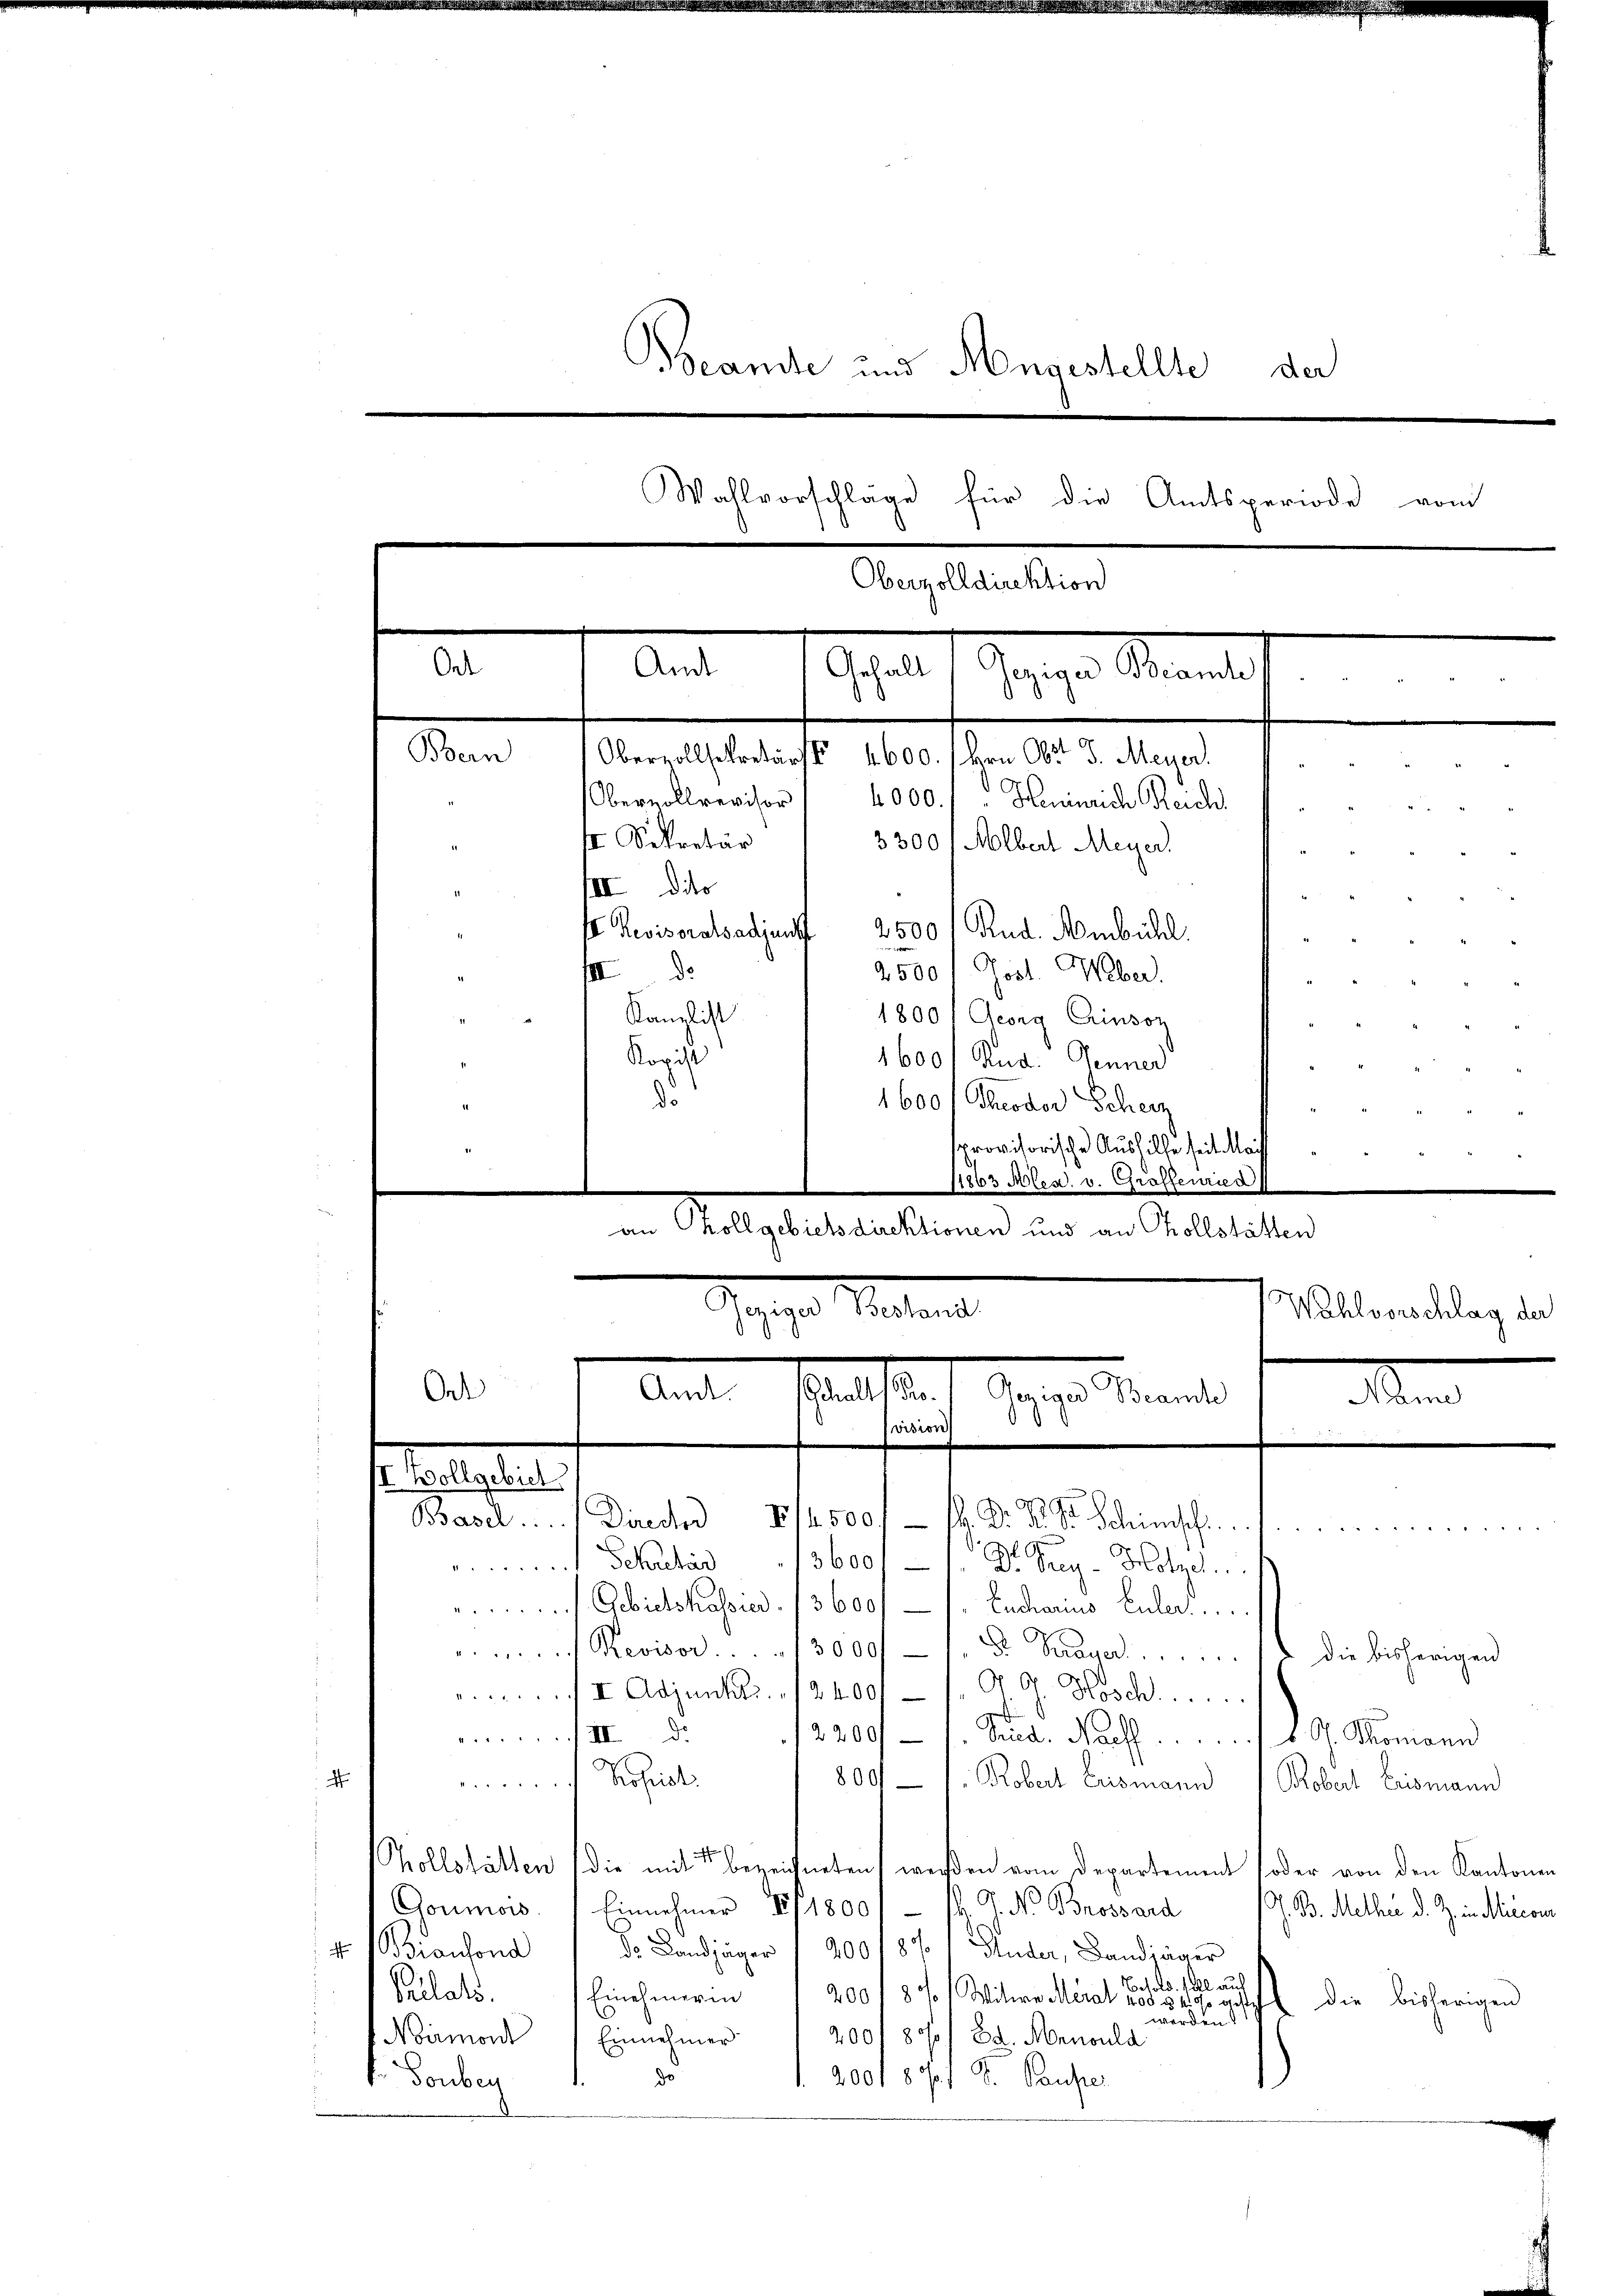
Beamte und Angestellte der
Wahlvorschläge für die Amtsperiode vom
.
.
.
Gehalt
de. Man
Stan
Oberzollsekretärs 4600. / von Obst d. Meyer,
.
Obernollrevisor" 4000.) " Heinrich Reich
 Sekretär
3300 / Mlbert Meyer.
IIII dito
st Revisoratsadjunkt 2500 Rud. Ambühl.
2500 f Post. Weber.
III de
Kanzlist
1800 / Georg Grinsoz

Kopist
1600. Rud. Jenner
do
1600 f Theodor Scheiz
provisorische Aushilfe seit Mai
11863 Miles. v. Groffenried
an Kollgebietsdirektionen und an Tollstätten
Sache Mietent
Wahlvorschlag der
Ont
.
stalt auf der u. Finande
Men
vision

selgelegt
Basel.  ..  Direch 1 1/2 500/ M. D. R. S. Schimsch

u
3600
it Schachar
Dr. Prey-Hotzel
 Gebietskassier. (3600
Eecarius Euler.
Revisor 3000f
Dr. Payer ........
 I. Adjunkai. 124000 - 7. A. G. Hösch.
.
/III. De
2200 - 1. Fried. Nach . . . . . . . v. J. Tomann
e
 Schilli
809 f. Robert Erismann / Kobert Erismann
kollstätten die mit de bezeichneten werden vom Departement oder von den Kantonen
Goumois. Einnehmer 8 f 1800/ sk. J. N. Brossard
G. B. Mether d. Z. in Micor
4 Biansond
de Landjäger 1 200 1870 Fuder, Bandjäger
Besold. soll auf
Pilats.
Einehmerin 200 f 8 / Witwe Mural
5 40 gesteht die bisherigen
worden s
200f 801 Ed. Menoula
Noirmord Einnehmer
.
1. 200 f 8 S. Pauser
t Bonber
¬

14
die bisherigen